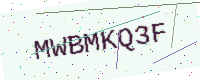
Text: MWBMKQ3F